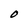
Character: O